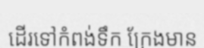
ដើរទៅកំពង់ទឹក ក្រែងមាន